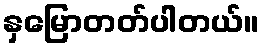
နှမြောတတ်ပါတယ်။